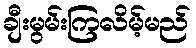
ချီးမွမ်းကြလိမ့်မည်